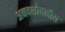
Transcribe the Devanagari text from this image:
अनवशोषनीय